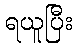
ရယူပြီး